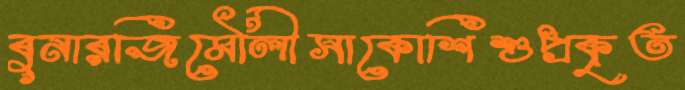
বুনারজিমৌলীসাকোশিশুপ্রকৃত